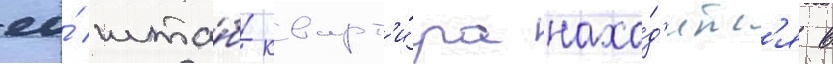
ео́ шта́б-кварт'и́ра нахо́д'итс'я в